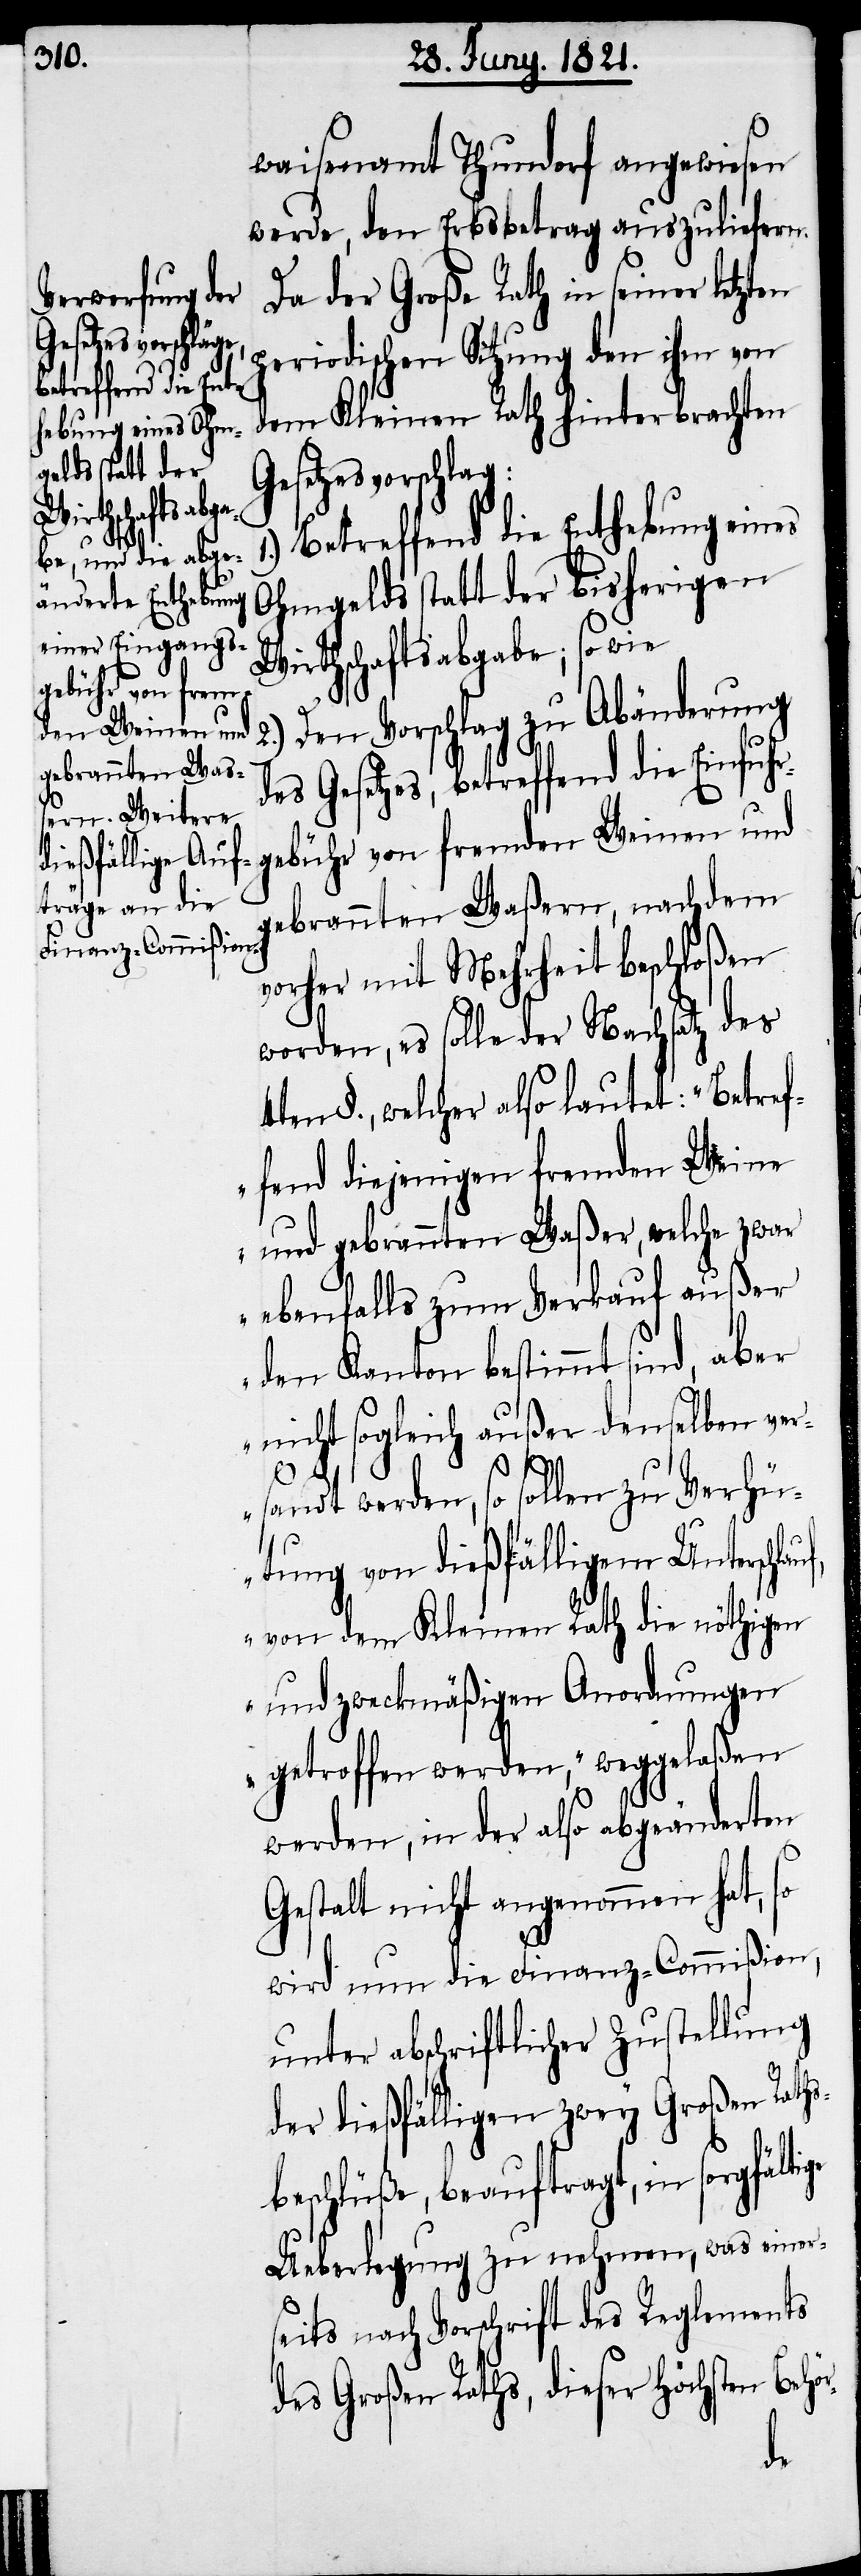
waisenamt Thundorf angewiesen
werde, den Erbsbetrag auszuliefern.